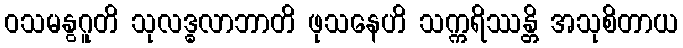
ဝသမနွဂူတိ သုလဒ္ဓလာဘာတိ ဖုသနေဟိ သက္ကရိဿန္တိ အသုစိတာယ